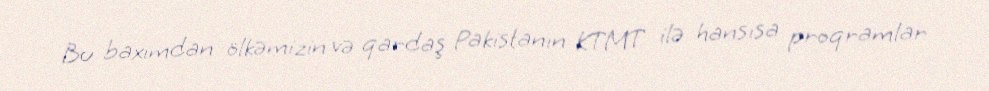
Bu baxımdan ölkəmizin və qardaş Pakistanın KTMT ilə hansısa proqramlar